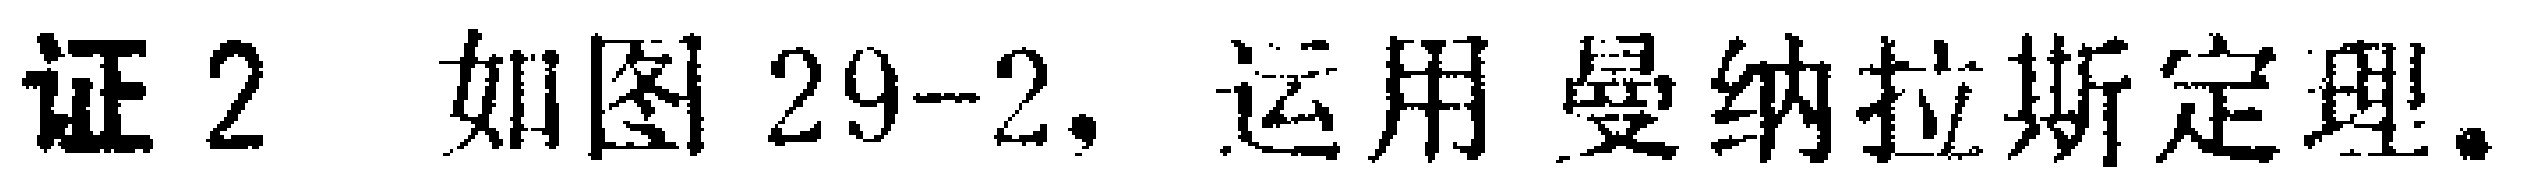
证 2 如图 29-2，运用 曼纳拉斯定理。